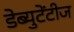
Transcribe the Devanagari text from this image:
डेब्युटेंटीज